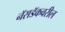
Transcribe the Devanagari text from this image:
नॅसडॅकवरील